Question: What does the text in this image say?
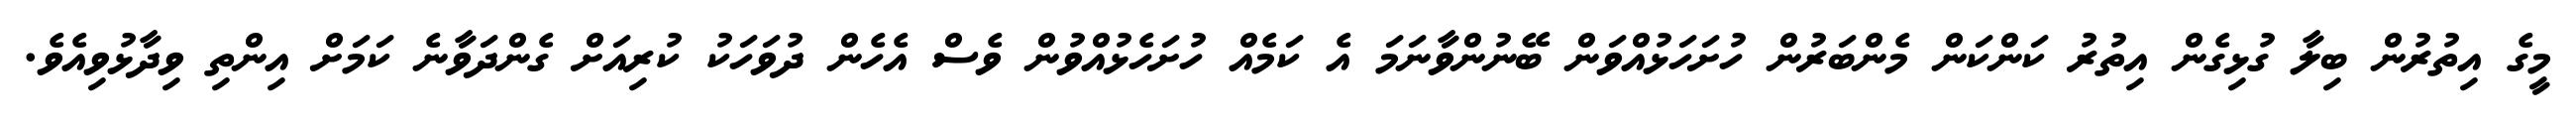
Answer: މީގެ އިތުރުން ބިލާ ގުޅިގެން އިތުރު ކަންކަން މެންބަރުން ހުށަހަޅުއްވަން ބޭނުންވާނަމަ އެ ކަމެއް ހުށަހެޅުއްވުން ވެސް އެހެން ދުވަހަކު ކުރިއަށް ގެންދަވާނެ ކަމަށް އިންތި ވިދާޅުވިއެވެ.